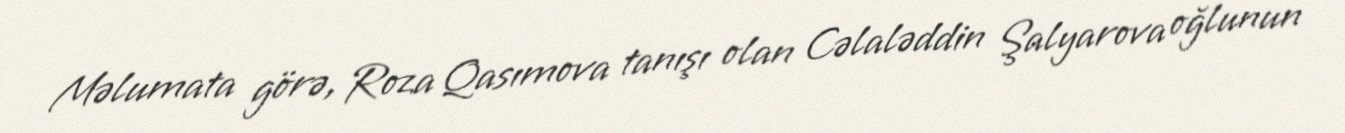
Məlumata görə, Roza Qasımova tanışı olan Cəlaləddin Şalyarova oğlunun